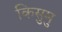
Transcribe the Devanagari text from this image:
किसुमु